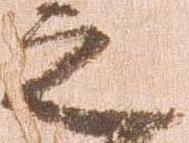
之